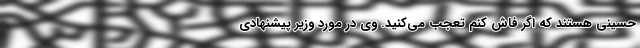
حسینی هستند که اگر فاش کنم تعجب می‌کنید. وی در مورد وزیر پیشنهادی